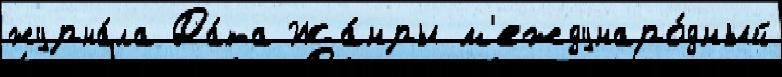
журна́ла Да́та Жа́нры м'еждунаро́дный